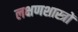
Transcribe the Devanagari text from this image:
लक्षणशास्त्रों